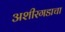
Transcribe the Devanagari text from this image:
अशीरगडाचा